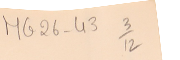
MG26-43   3/12